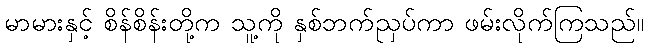
မာမားနှင့် စိန်စိန်းတို့က သူ့ကို နှစ်ဘက်ညှပ်ကာ ဖမ်းလိုက်ကြသည်။